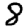
Digit: 8